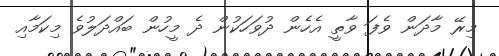
މިރޭ މާދަން ވެފަ ވާތީ އެހެން ދުވަހަކުން ދެ މީހުން ބައްދަލުވެ މިކަމާއި